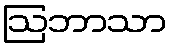
ဩဘာသာ